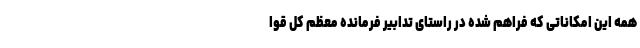
همه این امکاناتی که فراهم شده در راستای تدابیر فرمانده معظم کل قوا